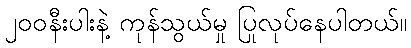
၂၀၀နီးပါးနဲ့ ကုန်သွယ်မှု ပြုလုပ်နေပါတယ်။